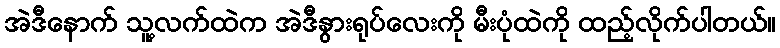
အဲဒီနောက် သူ့လက်ထဲက အဲဒီနွားရုပ်လေးကို မီးပုံထဲကို ထည့်လိုက်ပါတယ်။